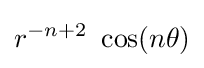
r^{-n+2}~\cos(n\theta )